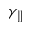
\gamma _ { \parallel }